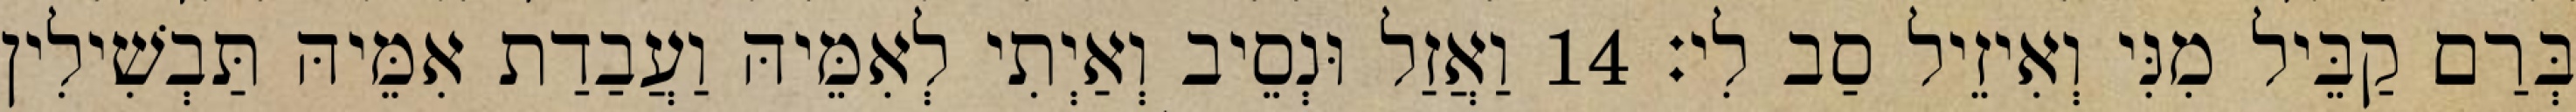
בְּרַם קַבֵּיל מִנִּי וְאִיזֵיל סַב לִי׃ 14 וַאֲזַל וּנְסֵיב וְאַיְתִי לְאִמֵּיהּ וַעֲבַדַת אִמֵּיהּ תַּבְשִׁילִין